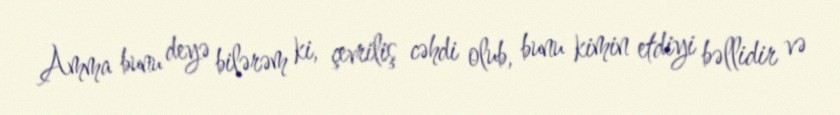
Amma bunu deyə bilərəm ki, çevriliş cəhdi olub, bunu kimin etdiyi bəllidir və